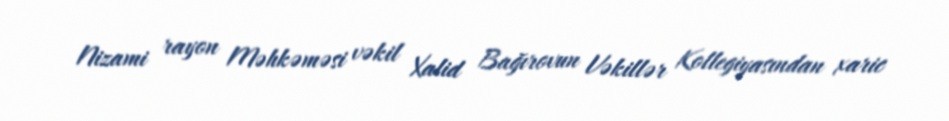
Nizami rayon Məhkəməsi vəkil Xalid Bağırovun Vəkillər Kollegiyasından xaric